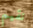
نقيم